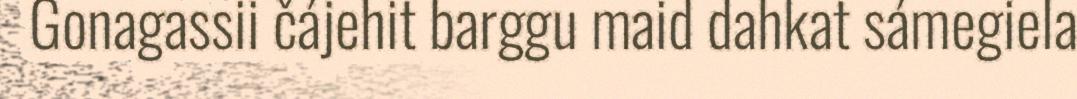
Gonagassii čájehit barggu maid dahkat sámegiela